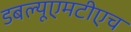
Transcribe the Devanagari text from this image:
डबल्यूएमटीएच